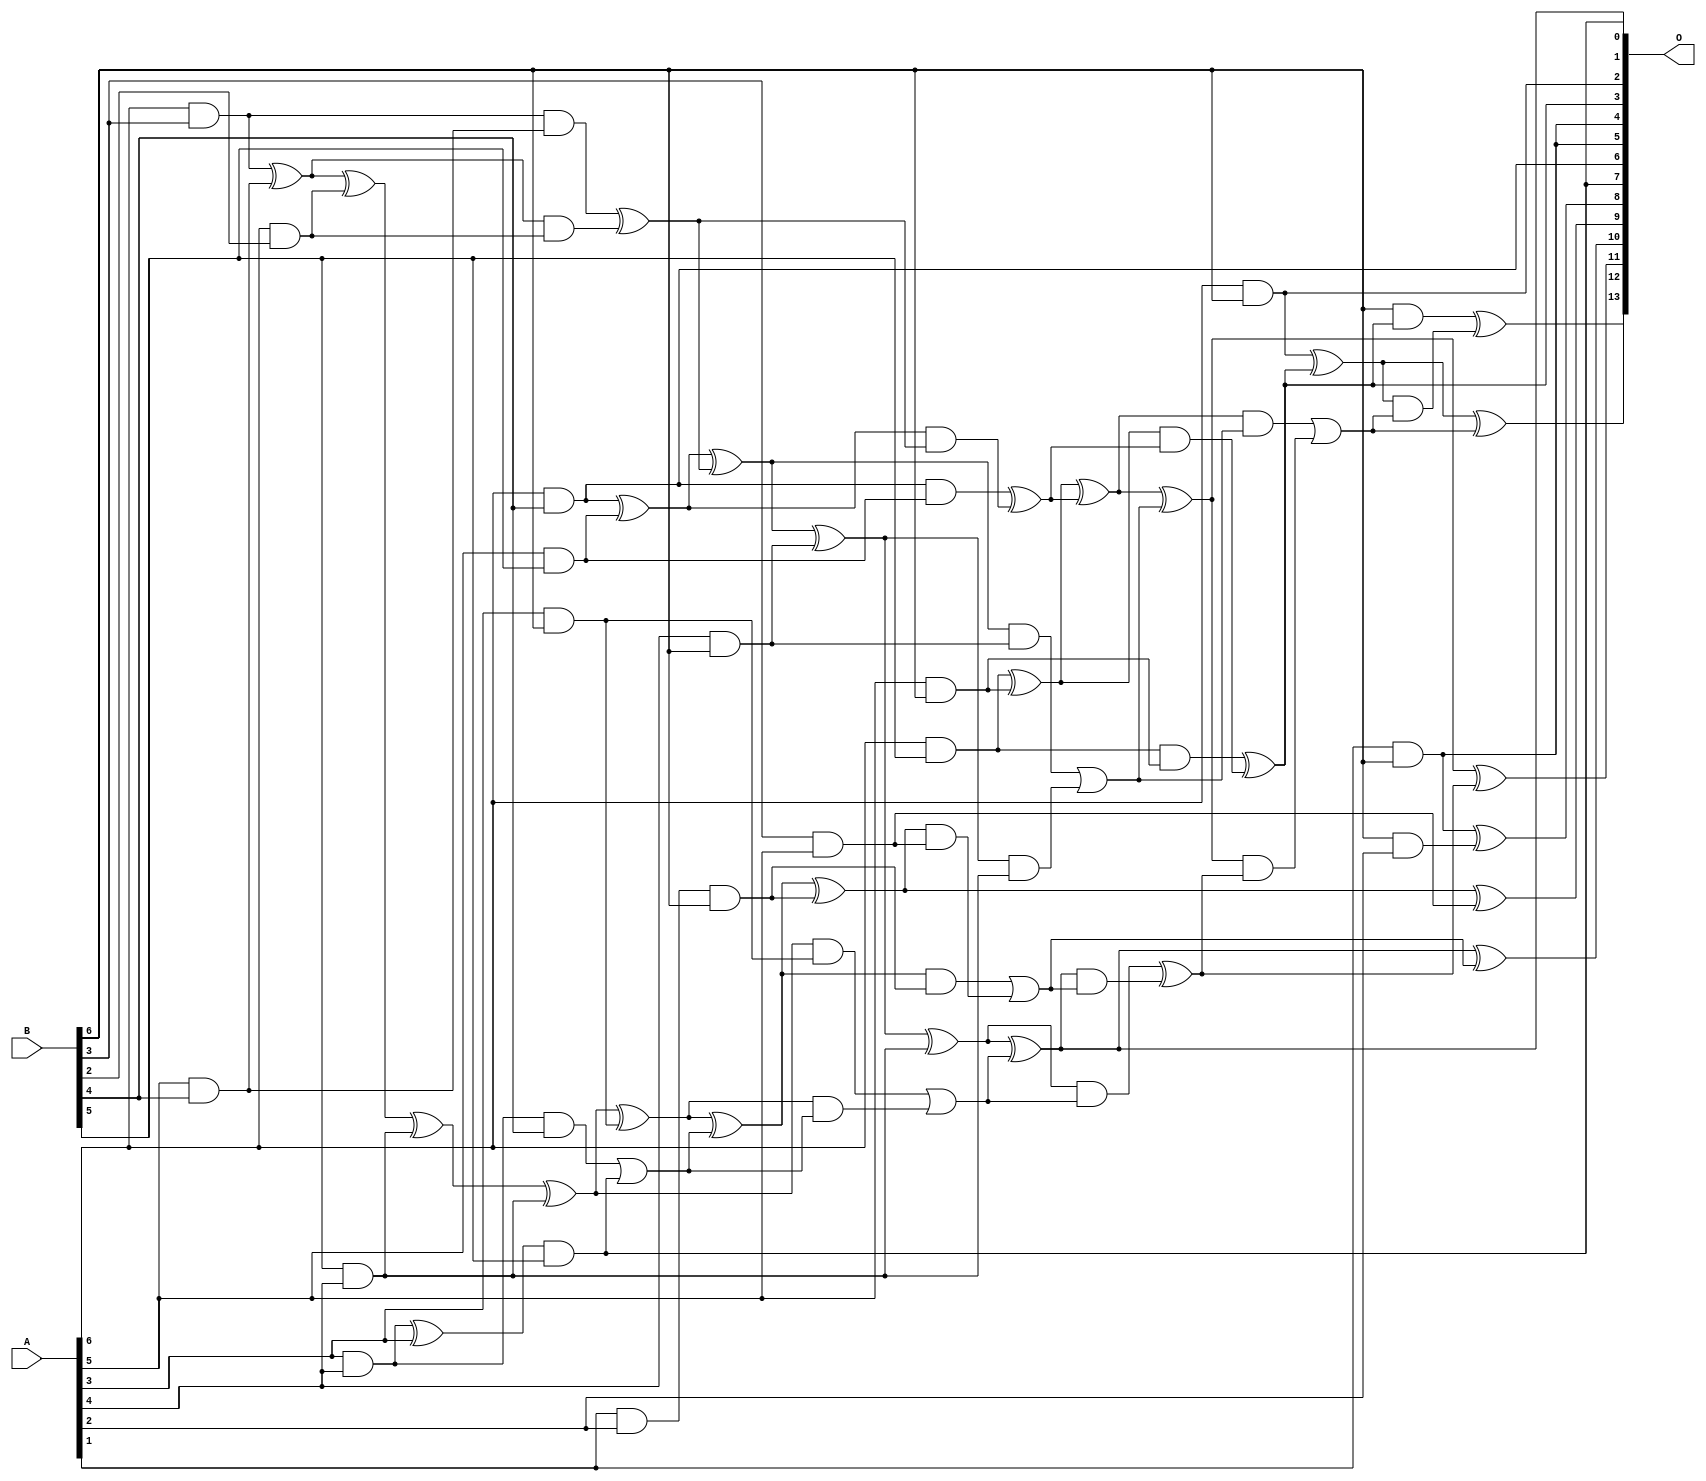
/***
* This code is a part of EvoApproxLib library (ehw.fit.vutbr.cz/approxlib) distributed under The MIT License.
* When used, please cite the following article(s): V. Mrazek, S. S. Sarwar, L. Sekanina, Z. Vasicek and K. Roy, "Design of power-efficient approximate multipliers for approximate artificial neural networks," 2016 IEEE/ACM International Conference on Computer-Aided Design (ICCAD), Austin, TX, 2016, pp. 1-7. doi: 10.1145/2966986.2967021 
* This file contains a circuit from a sub-set of pareto optimal circuits with respect to the pwr and wce parameters
***/
// MAE% = 1.13 %
// MAE = 186 
// WCE% = 4.96 %
// WCE = 812 
// WCRE% = 150.39 %
// EP% = 98.23 %
// MRE% = 17.68 %
// MSE = 54027 
// PDK45_PWR = 0.065 mW
// PDK45_AREA = 157.2 um2
// PDK45_DELAY = 0.75 ns


module mul7u_0B6(A, B, O);
  input [6:0] A, B;
  output [13:0] O;
  wire [6:0] A, B;
  wire [13:0] O;
  wire sig_83, sig_113, sig_119, sig_144, sig_145, sig_146;
  wire sig_147, sig_148, sig_149, sig_150, sig_155, sig_156;
  wire sig_157, sig_172, sig_173, sig_174, sig_177, sig_178;
  wire sig_179, sig_181, sig_182, sig_183, sig_184, sig_185;
  wire sig_186, sig_187, sig_191, sig_192, sig_193, sig_206;
  wire sig_209, sig_210, sig_211, sig_212, sig_213, sig_214;
  wire sig_215, sig_216, sig_217, sig_218, sig_219, sig_220;
  wire sig_221, sig_222, sig_223, sig_231, sig_232, sig_233;
  wire sig_234, sig_236, sig_238, sig_239, sig_241, sig_242;
  wire sig_243, sig_244, sig_246, sig_247, sig_248, sig_249;
  assign sig_83 = A[6] & B[3];
  assign sig_113 = A[6] & B[2];
  assign sig_119 = A[5] & B[4];
  assign O[6] = A[6] & B[4];
  assign sig_144 = A[3] & A[4];
  assign sig_145 = B[5] & A[4];
  assign sig_146 = sig_83 ^ sig_119;
  assign sig_147 = sig_83 & sig_119;
  assign sig_148 = sig_146 & sig_113;
  assign sig_149 = sig_146 ^ sig_113;
  assign sig_150 = sig_147 ^ sig_148;
  assign sig_155 = A[4] & B[5];
  assign sig_156 = A[5] & B[5];
  assign sig_157 = A[6] & B[5];
  assign sig_172 = B[6] & A[2];
  assign sig_173 = sig_144 ^ A[3];
  assign sig_174 = sig_144 & B[4];
  assign O[0] = sig_173 & B[5];
  assign sig_177 = sig_174 | O[0];
  assign sig_178 = sig_149 ^ sig_155;
  assign sig_179 = A[4] & B[5];
  assign sig_181 = sig_178 ^ sig_145;
  assign sig_182 = sig_179;
  assign sig_183 = O[6] ^ sig_156;
  assign sig_184 = O[6] & sig_156;
  assign sig_185 = sig_183 & sig_150;
  assign sig_186 = sig_183 ^ sig_150;
  assign sig_187 = sig_184 ^ sig_185;
  assign sig_191 = A[3] & B[6];
  assign sig_192 = A[4] & B[6];
  assign sig_193 = A[5] & B[6];
  assign O[2] = A[6] & B[6];
  assign O[4] = A[1] & B[6];
  assign sig_206 = A[1] & A[2];
  assign O[8] = O[4] ^ sig_172;
  assign sig_209 = sig_206 & B[6];
  assign sig_210 = sig_181 ^ sig_191;
  assign sig_211 = sig_181 & sig_191;
  assign sig_212 = sig_210 & sig_177;
  assign sig_213 = sig_210 ^ sig_177;
  assign sig_214 = sig_211 | sig_212;
  assign sig_215 = sig_186 ^ sig_192;
  assign sig_216 = sig_186 & sig_192;
  assign sig_217 = sig_215 & sig_182;
  assign sig_218 = sig_215 ^ sig_182;
  assign sig_219 = sig_216 | sig_217;
  assign sig_220 = sig_157 ^ sig_193;
  assign sig_221 = sig_157 & sig_193;
  assign sig_222 = sig_220 & sig_187;
  assign sig_223 = sig_220 ^ sig_187;
  assign O[3] = sig_221 ^ sig_222;
  assign sig_231 = B[3] & A[5];
  assign sig_232 = sig_213 ^ sig_209;
  assign sig_233 = sig_213 & sig_209;
  assign sig_234 = sig_232 & sig_231;
  assign O[9] = sig_232 ^ sig_231;
  assign sig_236 = sig_233 | sig_234;
  assign O[1] = sig_218 ^ sig_214;
  assign sig_238 = sig_218 & sig_214;
  assign sig_239 = O[1] & sig_236;
  assign O[10] = O[1] ^ sig_236;
  assign sig_241 = sig_238 ^ sig_239;
  assign sig_242 = sig_223 ^ sig_219;
  assign sig_243 = sig_223 & sig_219;
  assign sig_244 = sig_242 & sig_241;
  assign O[11] = sig_242 ^ sig_241;
  assign sig_246 = sig_243 | sig_244;
  assign sig_247 = O[2] ^ O[3];
  assign sig_248 = B[6] & O[3];
  assign sig_249 = sig_247 & sig_246;
  assign O[12] = sig_247 ^ sig_246;
  assign O[13] = sig_248 ^ sig_249;
  assign O[5] = O[4];
  assign O[7] = O[0];
endmodule